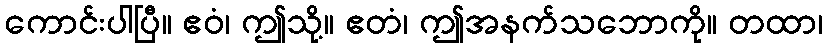
ကောင်းပါပြီ။ ဧဝံ၊ ဤသို့။ ဧတံ၊ ဤအနက်သဘောကို။ တထာ၊